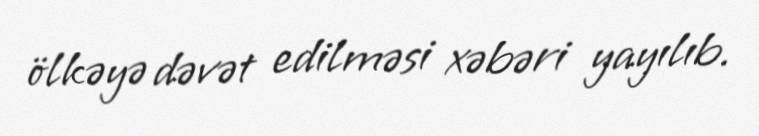
ölkəyə dəvət edilməsi xəbəri yayılıb.